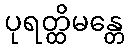
ပုရတ္ထိမန္တေ